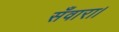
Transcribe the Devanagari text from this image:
सँवारा।